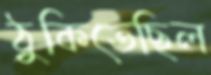
ঠুকিতেছিল